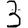
Digit: 3